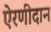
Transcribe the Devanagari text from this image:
ऐरणीदान